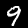
Label: 9